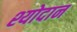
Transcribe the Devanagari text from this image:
श्योदान